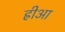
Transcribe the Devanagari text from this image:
ह्रीआ